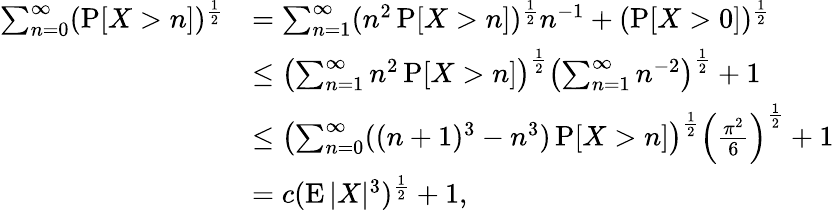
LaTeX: \begin{array}{rl}{\sum_{n=0}^{\infty}(\operatorname{P}[X>n])^{\frac{1}{2}}}&{=\sum_{n=1}^{\infty}(n^{2}\operatorname{P}[X>n])^{\frac{1}{2}}n^{-1}+(\operatorname{P}[X>0])^{\frac{1}{2}}}\\ &{\leq\left(\sum_{n=1}^{\infty}n^{2}\operatorname{P}[X>n]\right)^{\frac{1}{2}}\left(\sum_{n=1}^{\infty}n^{-2}\right)^{\frac{1}{2}}+1}\\ &{\leq\left(\sum_{n=0}^{\infty}((n+1)^{3}-n^{3})\operatorname{P}[X>n]\right)^{\frac{1}{2}}\left(\frac{\pi^{2}}{6}\right)^{\frac{1}{2}}+1}\\ &{=c(\operatorname{E}|X|^{3})^{\frac{1}{2}}+1,}\end{array}